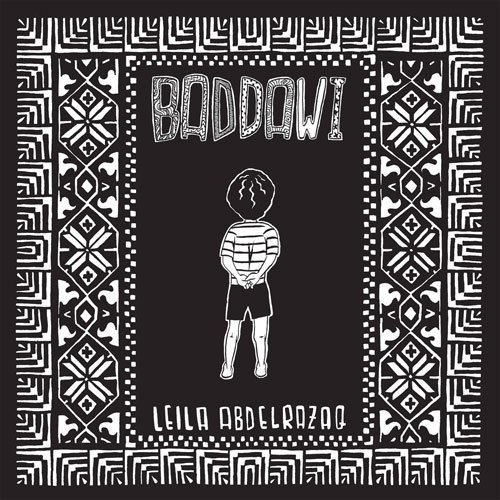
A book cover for Baddawi; Leila Abdelrazaq; Comics & Graphic Novels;